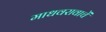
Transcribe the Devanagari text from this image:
माधवरावाचें